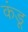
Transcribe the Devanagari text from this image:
कंडू